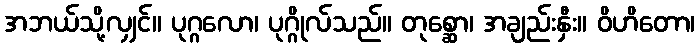
အဘယ်သို့လျှင်။ ပုဂ္ဂလော၊ ပုဂ္ဂိုလ်သည်။ တုစ္ဆော၊ အချည်းနှီး။ ဝိဟိတော၊